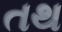
તથ